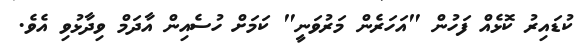
ކުޑައިރު ކޮޅެއް ފަހުން "އަހަރެން މަރުވަނީ" ކަމަށް ހުސެއިން އާދަމް ވިދާޅުވި އެވެ.